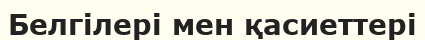
Белгілері мен қасиеттері